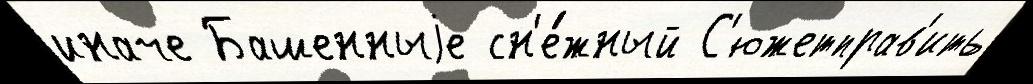
иначе Башенныjе сн'е́жный С'южетправ'ить